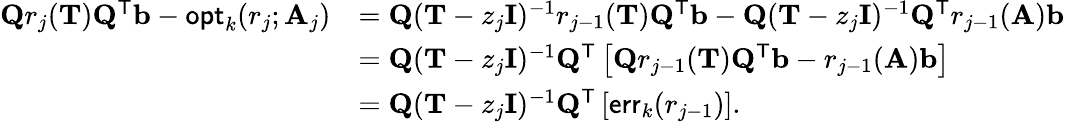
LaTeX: \begin{array}{rl}{\mathbf{Q}r_{j}(\mathbf{T})\mathbf{Q}^{\mathsf{T}}\mathbf{b}-\mathsf{opt}_{k}(r_{j};\mathbf{A}_{j})}&{=\mathbf{Q}(\mathbf{T}-z_{j}\mathbf{I})^{-1}r_{j-1}(\mathbf{T})\mathbf{Q}^{\mathsf{T}}\mathbf{b}-\mathbf{Q}(\mathbf{T}-z_{j}\mathbf{I})^{-1}\mathbf{Q}^{\mathsf{T}}r_{j-1}(\mathbf{A})\mathbf{b}}\\ &{=\mathbf{Q}(\mathbf{T}-z_{j}\mathbf{I})^{-1}\mathbf{Q}^{\mathsf{T}}\left[\mathbf{Q}r_{j-1}(\mathbf{T})\mathbf{Q}^{\mathsf{T}}\mathbf{b}-r_{j-1}(\mathbf{A})\mathbf{b}\right]}\\ &{=\mathbf{Q}(\mathbf{T}-z_{j}\mathbf{I})^{-1}\mathbf{Q}^{\mathsf{T}}\left[\mathsf{err}_{k}(r_{j-1})\right].}\end{array}